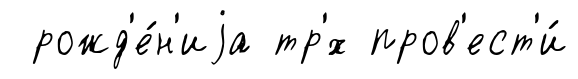
рожд'е́н'иjа тр'́х пров'ест'и́